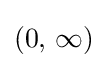
{\textstyle \left(0,\,\infty \right)}